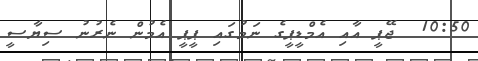
10:50  ޖޭޕީ އާއި އެމްޑީޕީގެ ނަމުގައި ޕީޕީ އެމުން ނެރުނު ސިޔާސީ